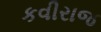
કવીરાજ